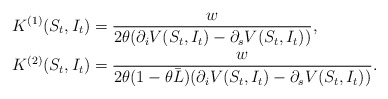
\begin{align*}K^{(1)}(S_t, I_t) &= \frac{w}{2\theta(\partial_i V(S_t, I_t) - \partial_s V(S_t, I_t))}, \\K^{(2)}(S_t, I_t) &= \frac{w}{2\theta(1-\theta \bar L)(\partial_i V(S_t, I_t) - \partial_s V(S_t, I_t))}.\end{align*}